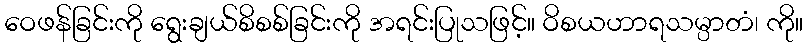
ဝေဖန်ခြင်းကို ရွေးချယ်စိစစ်ခြင်းကို အရင်းပြုသဖြင့်။ ဝိစယဟာရသမ္ပာတံ၊ ကို။